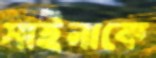
সাইনাকে